Report on the nature of kala-azar
Disease focus: Kala-Azar
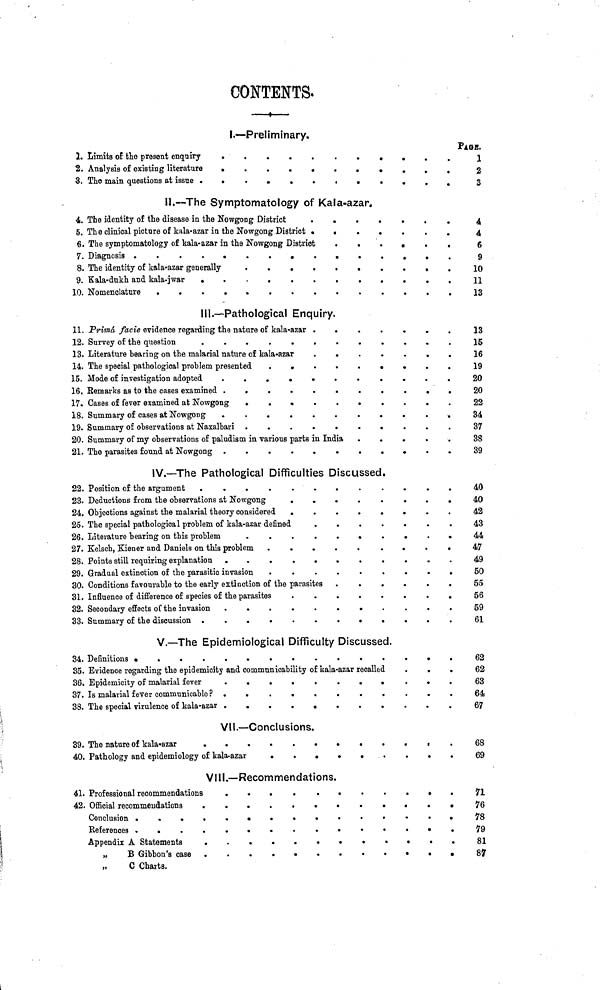
CONTENTS•
1•
2•
3•
4•
5•
6•
7•
8•
9•
10•
11•
12•
13•
14•
15•
16•
17•
18•
19•
20•
21•
22•
23•
24•
25•
26•
27•
28•
29•
30•
31•
32•
33•
34•
35•
36•
37•
38•
39•
40•
41•
42•
1•—Preliminary•
Limits of the present enquiry
•
Analysis of existing literature
•
The main questions at issue •
•
•
•
•
•
•
•
•
•
•
•
•
•
•
•
•
•
•
•
ll•—The Symptomatology of Kala-azar•
The identity of the disease in the Nowgong District
The clinical piotnre of kala-azar in the Nowgong District
•
•
The symptomatology of kala-azar in the Nowgong District
Diagnosis • • • • •
The identity of kala-azar generally
Kala-dukh and kala-jwar
• •
Nomenclature
•
•
•
•
•
•
•
•
•
•
•
•
•
•
•
•
•
•
•
•
lll•—Pathological Enquiry
Prima facie evidence regarding the nature of kala-azar
Survey of the question
•
•
•
•
•
Literature bearing on the malarial nature of kala-azar
The special pathological problem presented
Mode of investigation adopted •
Remarks as to the cases examined •
Cases of fever examined at Nowgong
Summary of cases at Nowgong
•
•
•
•
•
Summary of observations at Naxalbari •
•
•
•
•
•
•
•
•
•
•
•
•
•
•
•
•
•
•
•
•
•
•
•
•
•
•
•
•
•
•
•
•
•
•
•
•
•
•
Summary of my observations of paludism in various parts in India
The parasites found at Nowgong •
•
•
•
•
•
•
•
•
•
•
•
•
•
•
•
•
•
•
•
•
•
•
•
•
•
•
•
•
•
•
•
•
•
•
•
•
•
•
•
•
•
•
•
•
IV•—The Pathological Difficulties Discussed.
Position of the argument
•
•
•
•
Deductions from the observations at Nowgong
Objections against the malarial theory considered
•
•
•
The special pathological problem of kala-azar defined
Literature bearing on this problem
•
Kelsch, Kiener and Daniels on this problem
Points still requiring explanation
•
•
Gradual extinction of the parasitic invasion
•
•
•
•
•
•
•
•
•
•
•
•
•
•
•
•
Conditions favourable to the early extinction of the parasites
Influence of difference of species of the parasites
Secondary effects of the invasion •
Summary of the discussion • •
•
•
•
•
•
•
•
•
•
•
•
•
•
•
•
•
•
•
•
•
•
•
•
•
•
•
•
•
•
•
•
•
•
•
•
•
•
•
•
•
•
•
•
•
•
•
V•—The Epidemiological Difficulty Discussed.
Definitions •
•
•
•
•
•
•
•
•
•
•
•
Evidence regarding the epidemioity and communicability of kala-azar recalled
Epidemicity of malarial fever
Is malarial fever communicable P •
The special virulence of kala-azar •
•
•
•
•
•
•
•
•
•
•
•
•
VII.—Conclusions.
The nature of kala-azar • •
Pathology and epidemiology of kala-a
•
,zar
•
•
•
•
•
•
•
•
•
•
•
VIII.—Recommendations.
Professional recommendations
•
Official recommendations • •
Conclusion
•••••
References
•••••
Appendix A Statements • •
"
B Gibbon's case • •
"
C Charts.
•
•
•
•
•
•
•
•
•
•
•
•
•
•
•
•
•
•
•
•
•
•
•
•
•
•
•
•
•
•
•
•
•
•
•
•
•
•
•
•
•
•
•
•
•
•
•
•
•
•
•
•
•
•
•
•
•
•
•
•
•
•
•
•
•
•
•
•
•
•
•
•
•
•
•
•
•
•
•
•
•
•
•
•
•
•
•
•
•
•
•
•
•
•
•
•
•
•
•
•
•
•
•
•
•
•
•
•
•
•
•
•
•
•
•
•
•
•
•
•
•
•
•
•
•
•
•
•
•
•
•
•
•
•
•
•
•
•
•
•
•
•
•
•
•
•
•
•
•
•
•
•
•
•
•
•
•
•
•
•
•
•
•
•
•
•
•
•
•
•
•
•
•
•
•
•
•
•
•
•
•
•
•
•
•
•
•
•
•
•
PAGE•
1
2
3
4
4
6
9
10
11
13
13
15
16
19
20
20
22
34
37
38
39
40
40
42
43
44
47
49
50
55
56
59
61
62
62
63
64
67
68
69
71
76
78
79
81
87